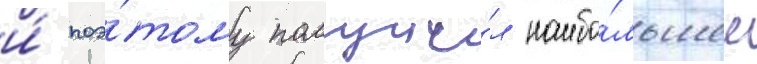
и́ поэ́тому получи́л наибо́льшее